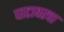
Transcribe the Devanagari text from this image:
घाटावरचा